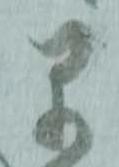
早